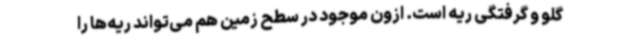
گلو و گرفتگی ریه است. ازون موجود در سطح زمین هم می‌تواند ریه‌ها را